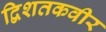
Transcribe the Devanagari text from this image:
द्विशतकवीर